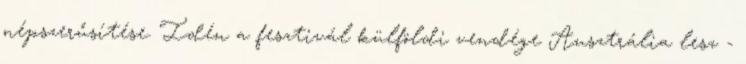
népszerűsítése. Idén a fesztivál külföldi vendége Ausztrália lesz -